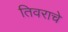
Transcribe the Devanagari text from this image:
तिवराचे